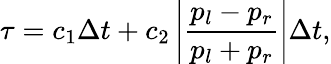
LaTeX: \tau={{c}_{1}}\Delta t+{{c}_{2}}\left|\frac{{{p}_{l}}-{{p}_{r}}}{{{p}_{l}}+{{p}_{r}}}\right|\Delta t,